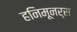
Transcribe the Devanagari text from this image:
हनिमूनर्स